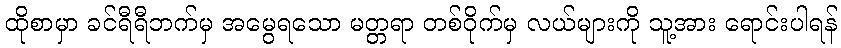
ထိုစာမှာ ခင်ရီရီဘက်မှ အမွေရသော မတ္တရာ တစ်ဝိုက်မှ လယ်များကို သူ့အား ရောင်းပါရန်